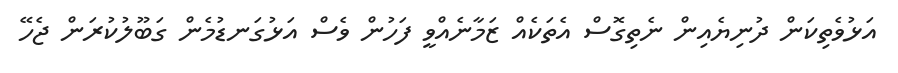
އަޅުވެތިކަން ދުނިޔެއިން ނެތިގޮސް އެތަކެއް ޒަމާނެއްވީ ފަހުން ވެސް އަޅުގަނޑުމެން ގަބޫލުކުރަން ޖެހޭ